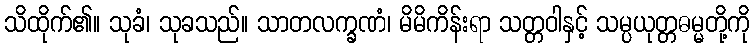
သိထိုက်၏။ သုခံ၊ သုခသည်။ သာတလက္ခဏံ၊ မိမိကိန်းရာ သတ္တဝါနှင့် သမ္ပယုတ္တဓမ္မတို့ကို